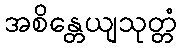
အစိန္တေယျသုတ္တံ